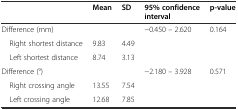
<table><thead><tr><td></td><td><b>Mean</b></td><td><b>SD</b></td><td><b>95% confidence interval</b></td><td><b>p-value</b></td></tr></thead><tbody><tr><td>Difference (mm)</td><td></td><td></td><td>−0.450 – 2.620</td><td>0.164</td></tr><tr><td> Right shortest distance</td><td>9.83</td><td>4.49</td><td></td><td></td></tr><tr><td> Left shortest distance</td><td>8.74</td><td>3.13</td><td></td><td></td></tr><tr><td>Difference (°)</td><td></td><td></td><td>−2.180 – 3.928</td><td>0.571</td></tr><tr><td> Right crossing angle</td><td>13.55</td><td>7.54</td><td></td><td></td></tr><tr><td> Left crossing angle</td><td>12.68</td><td>7.85</td><td></td><td></td></tr></tbody></table>